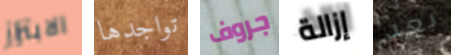
الابتزاز تواجدها جروف إزالة بعد